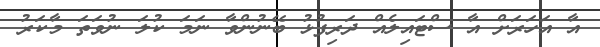
އާ އަހަރަށް އާ ސްޓައިލެއް ދަރިފުޅު ބޭނުންވާ ނަމަ ކުލަ ނުވަތަ މާކަރު